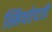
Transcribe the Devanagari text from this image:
स्मिथऐवजी